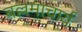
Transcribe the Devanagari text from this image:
बल्लमाचार्य